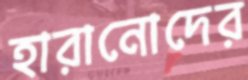
হারানোদের